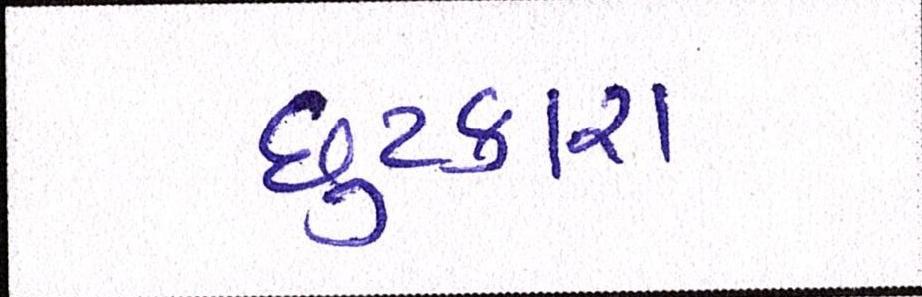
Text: છુટકારા